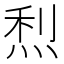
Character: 𤉉